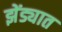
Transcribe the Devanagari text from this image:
झेंड्यात